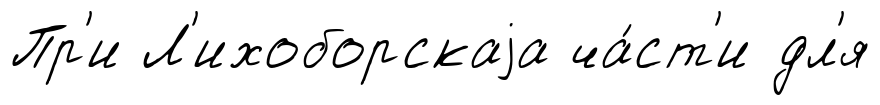
Пр'и Л'ихоборскаjа ча́ст'и дл'я